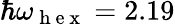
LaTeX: \hbar\omega_{\mathrm{~h~e~x~}}=2.19